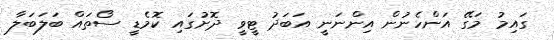
ގައިމު މަގޭ އަންހެނުން އިންނަނީ އަބަދު ޓީވީ ދޮށުގައި ކޮމެޑީ ސޯތައް ބަލަބަލާ